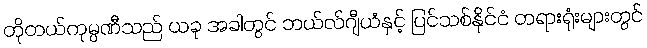
တိုတယ်ကုမ္ပဏီသည် ယခု အခါတွင် ဘယ်လ်ဂျီယံနှင့် ပြင်သစ်နိုင်ငံ တရားရုံးများတွင်